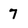
Character: 7